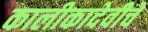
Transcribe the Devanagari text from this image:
कालीकादेवीचें